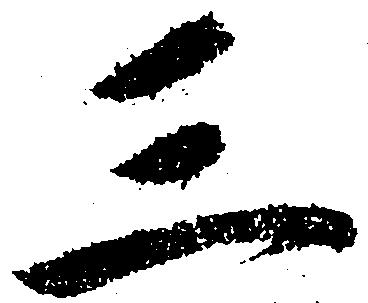
三